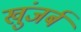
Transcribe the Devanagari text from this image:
खुंजर्ब